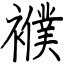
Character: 襥